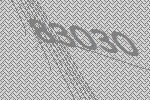
83030